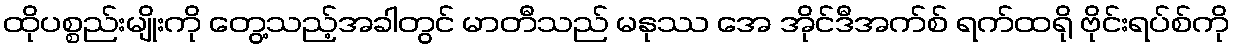
ထိုပစ္စည်းမျိုးကို တွေ့သည့်အခါတွင် မာတီသည် မနုဿ အေ အိုင်ဒီအက်စ် ရက်ထရို ဗိုင်းရပ်စ်ကို